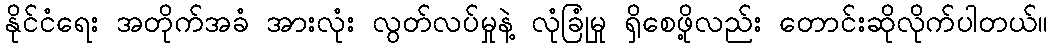
နိုင်ငံရေး အတိုက်အခံ အားလုံး လွတ်လပ်မှုနဲ့ လုံခြုံမှု ရှိစေဖို့လည်း တောင်းဆိုလိုက်ပါတယ်။